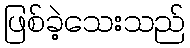
ဖြစ်ခဲ့သေးသည်